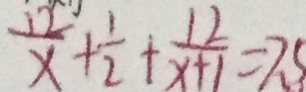
\frac { 1 2 } { x } + \frac { 1 } { 2 } + \frac { 1 2 } { x + 1 } = 7 . 5